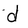
Character: d